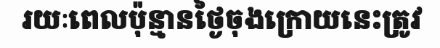
រយៈពេលប៉ុន្មានថ្ងៃចុងក្រោយនេះត្រូវ